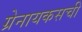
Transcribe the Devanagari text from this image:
ग्रेनायकसची